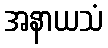
အနာယသံ